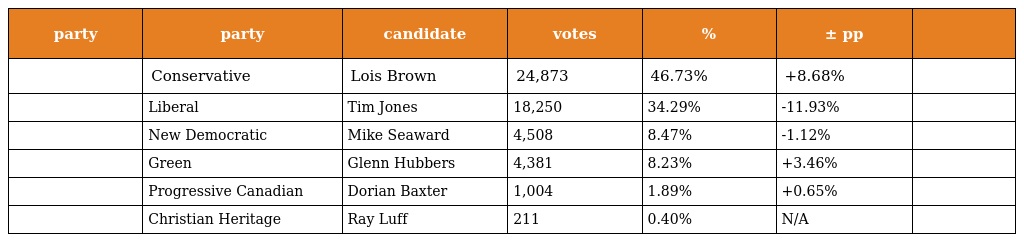
| party | party | candidate | votes | % | ± pp |  |
 | --- | --- | --- | --- | --- | --- | --- |
 |  | Conservative | Lois Brown | 24,873 | 46.73% | +8.68% |  |
 |  | Liberal | Tim Jones | 18,250 | 34.29% | -11.93% |  |
 |  | New Democratic | Mike Seaward | 4,508 | 8.47% | -1.12% |  |
 |  | Green | Glenn Hubbers | 4,381 | 8.23% | +3.46% |  |
 |  | Progressive Canadian | Dorian Baxter | 1,004 | 1.89% | +0.65% |  |
 |  | Christian Heritage | Ray Luff | 211 | 0.40% | N/A |  |